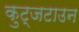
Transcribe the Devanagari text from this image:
कुट्जटाउन